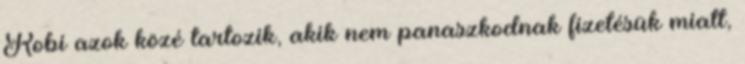
Robi azok közé tartozik, akik nem panaszkodnak fizetésük miatt,